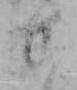
せ